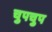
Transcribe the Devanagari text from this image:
चुपचुप